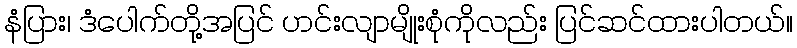
နံပြား၊ ဒံပေါက်တို့အပြင် ဟင်းလျာမျိုးစုံကိုလည်း ပြင်ဆင်ထားပါတယ်။